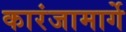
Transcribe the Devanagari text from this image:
कारंजामार्गे